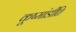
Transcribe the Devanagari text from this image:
कूष्मांडीति